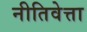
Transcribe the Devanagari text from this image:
नीतिवेत्ता